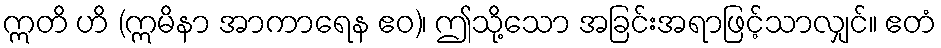
ဣတိ ဟိ (ဣမိနာ အာကာရေန ဧဝ)၊ ဤသို့သော အခြင်းအရာဖြင့်သာလျှင်။ ဧတံ